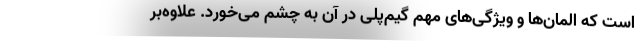
است که المان‌ها و ویژگی‌های مهم گیم‌پلی در آن به چشم می‌خورد. علاوه‌بر